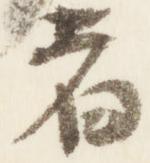
者